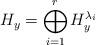
LaTeX: \begin{align*}H_y=\bigoplus_{i=1}^r H_y^{\lambda_i}\end{align*}